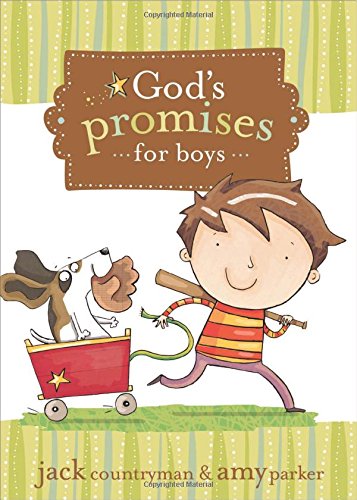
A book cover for God's Promises for Boys; Jack Countryman; Children's Books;